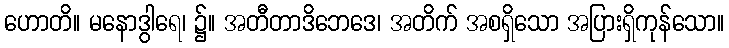
ဟောတိ။ မနောဒွါရေ၊ ၌။ အတီတာဒိဘေဒေ၊ အတိက် အစရှိသော အပြားရှိကုန်သော။